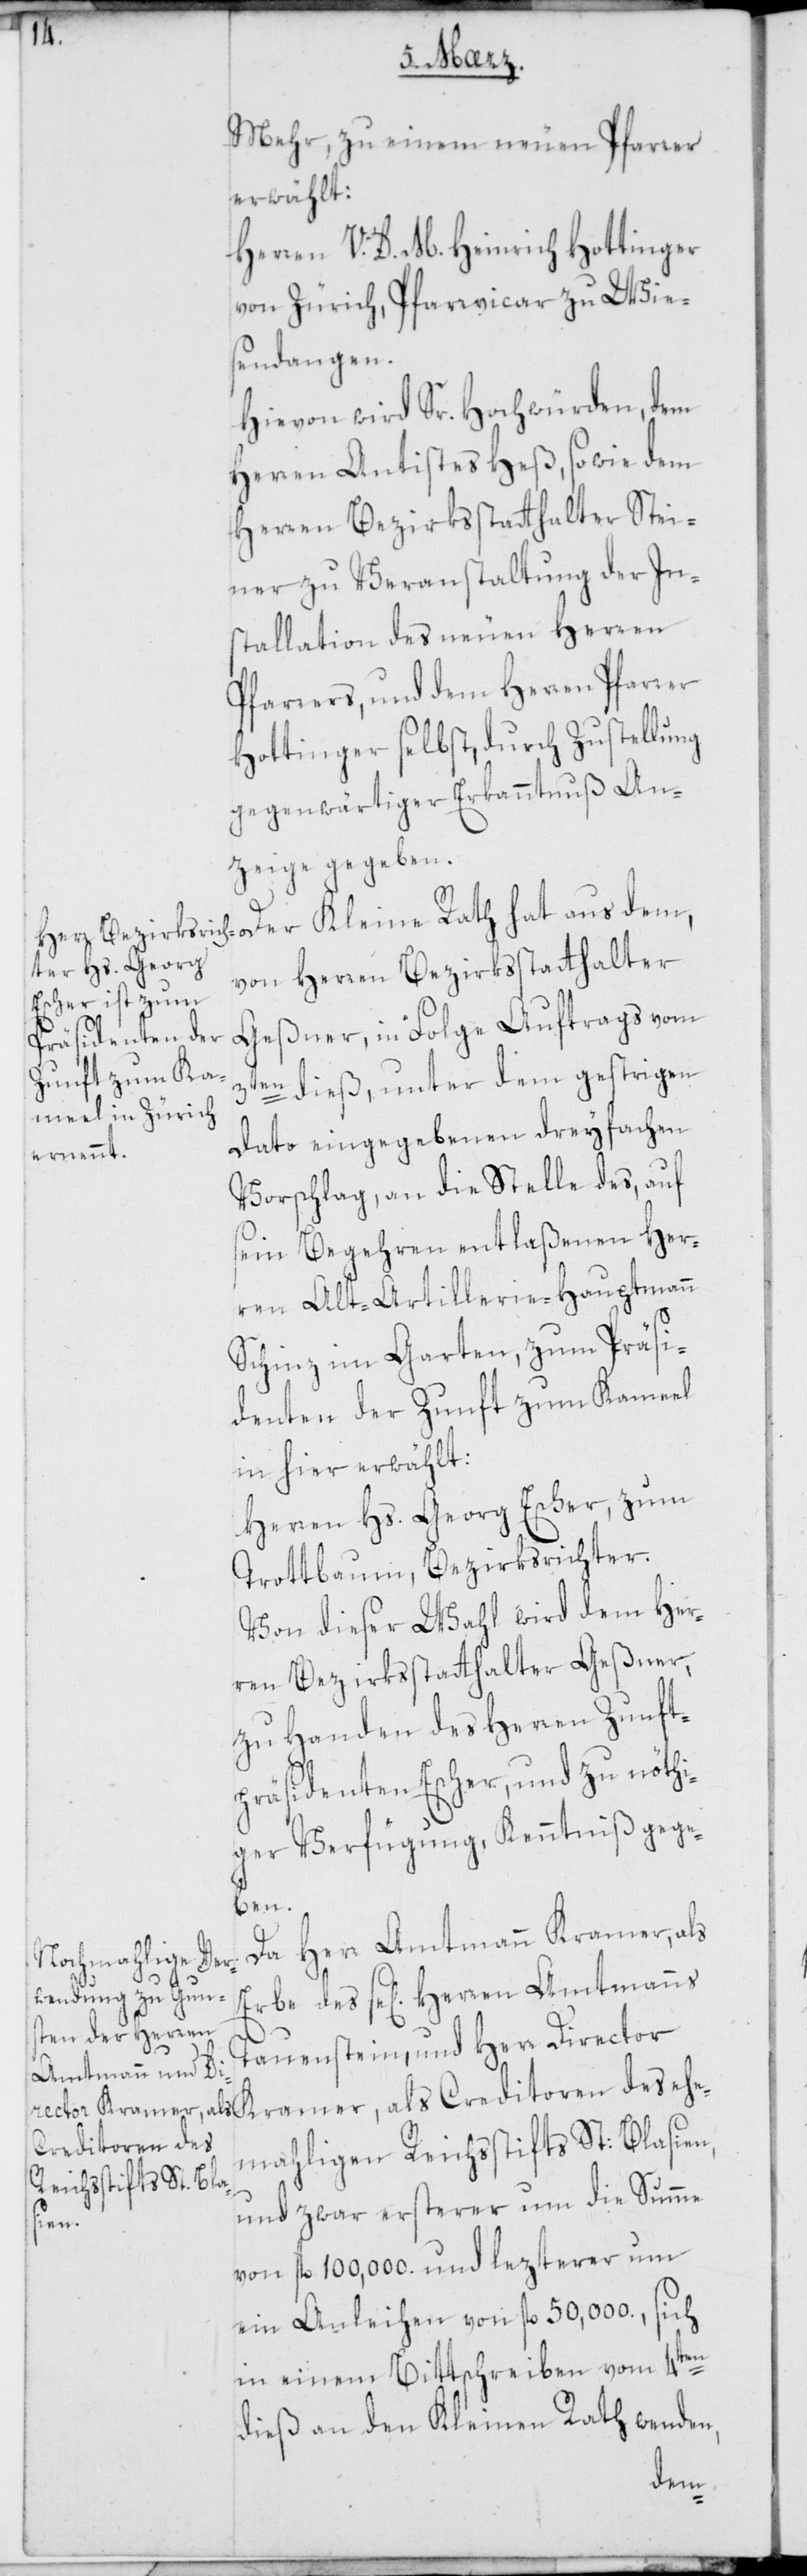
Mehr, zu einem neuen Pfarrer
erwählt:
Herren V. D. M. Henrich Hottinger
von Zürich, Pfarrvicar zu Wie¬
sendangen.
Hievon wird Sr. Hochwürden, dem
Herren Antistes Heß, sowie dem
Herren Bezirksstatthalter Stei¬
ner zu Veranstaltung der In¬
stallation des neuen Herren
Pfarrers, und dem Herren Pfarrer
Hottinger selbst, durch Zustellung
gegenwärtiger Erkanntnuß An¬
zeige gegeben.
von Herren Bezirksstatthalter
Geßner, in Folge Auftrags vom
3ten dieß, unter dem gestrigen
Dato eingegebenen dreyfachen
Vorschlag, an die Stelle des, auf
sein Begehren entlaßenen Her¬
ren Alt-Artillerie-Hauptmann
Schinz im Garten, zum Präsi¬
denten der Zunft zum Kameel
in hier erwählt:
Herren Hs. Georg Escher, zum
Trottbaum, Bezirksrichter.
Von dieser Wahl wird dem Her¬
ren Bezirksstatthalter Geßner,
zu Handen des Herren Zunft¬
präsidenten Escher, und zu nöthi¬
ger Verfügung, Kenntniß gege¬
ben.
Da Herr Amtmann Kramer, als
Tauenstein, und Herr Director
Kramer, als Creditoren des ehe¬
mahligen Reichsstifts St: Blasien,
und zwar ersterer um die Summe
des
von fl. 100,000. und lezterer um
ein Anleihen von fl. 50,000., sich
in einem Bittschreiben vom 4ten
dieß an den Kleinen Rath wenden,